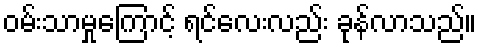
ဝမ်းသာမှုကြောင့် ရင်လေးလည်း ခုန်လာသည်။